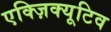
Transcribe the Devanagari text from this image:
एक्ज़िक्यूटिव